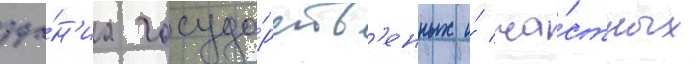
зда́н'иа госуда́рств'енных и́ ча́стных